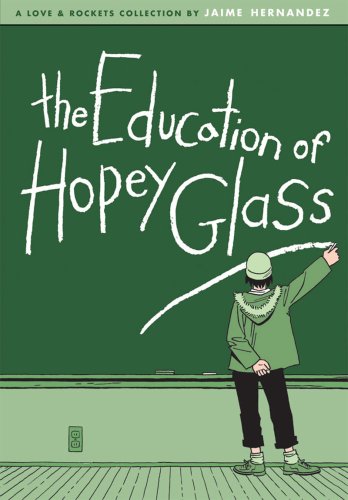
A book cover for The Education of Hopey Glass (Love & Rockets); Jaime Hernandez; Gay & Lesbian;